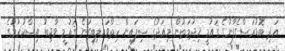
އަދި ބޮޑުރަސްގެފާނުގެ ޤައުމީ ޚިދުމަތުން މިއަދުގެ ސިފައިން ހިތްވަރުލިބިގަނެ ޤައުމީ ވާޖިބު އިސްކުރުމުގެ